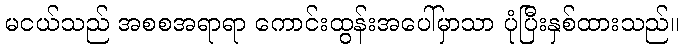
မငယ်သည် အစစအရာရာ ကောင်းထွန်းအပေါ်မှာသာ ပုံပြီးနှစ်ထားသည်။